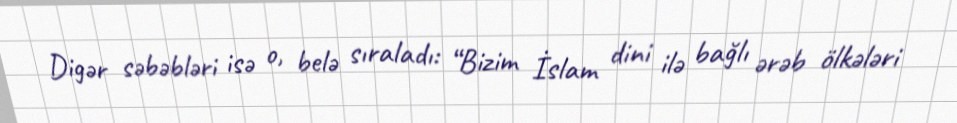
Digər səbəbləri isə o, belə sıraladı: “Bizim İslam dini ilə bağlı ərəb ölkələri